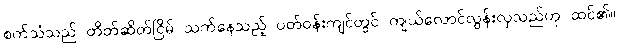
စက်သံသည် တိတ်ဆိတ်ငြိမ် သက်နေသည့် ပတ်ဝန်းကျင်တွင် ကျယ်လောင်လွန်းလှသည်ဟု ထင်၏။